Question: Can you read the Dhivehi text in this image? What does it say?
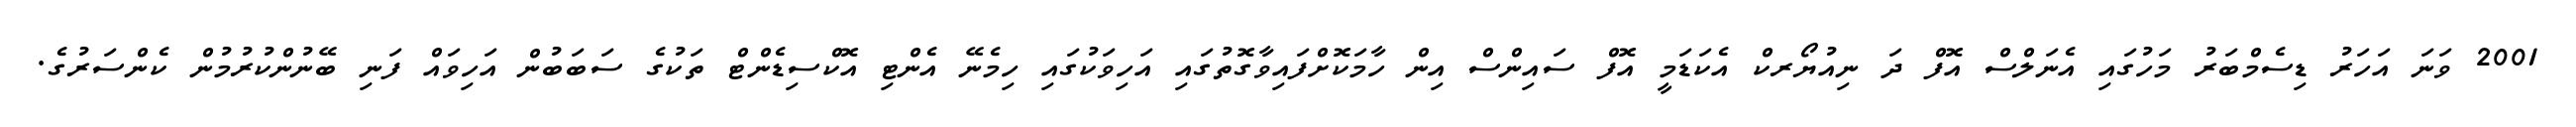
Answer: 2001 ވަނަ އަހަރު ޑިސެމްބަރު މަހުގައި އެނަލްސް އޮފް ދަ ނިއުޔޯރކް އެކަޑަމީ އޮފް ސައިންސް އިން ހާމަކޮށްފައިވާގޮތުގައި އަހިވަކުގައި ހިމެނޭ އެންޓި އޮކްސިޑެންޓް ތަކުގެ ސަބަބުން އަހިވައް ފަނި ބޭނުންކުރުމުން ކެންސަރުގެ.